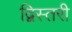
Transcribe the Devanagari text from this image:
द्विस्तरी